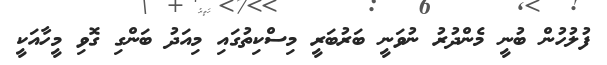
ފުލުހުން ބުނީ މެންދުރު ނުވަނީ ބަރުބަރީ މިސްކިތުގައި މިއަދު ބަންގި ގޮވި މީހާއަކީ